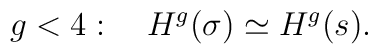
g<4:\quad H^g(\sigma)\simeq H^g(s).